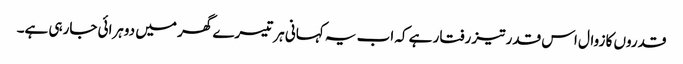
قدروں کا زوال اس قدر تیز رفتار ہے کہ اب یہ کہانی ہر تیسرے گھر میں دوہرائی جارہی ہے۔